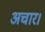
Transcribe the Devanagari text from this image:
अचार।